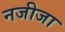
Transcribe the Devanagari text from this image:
नजीजा